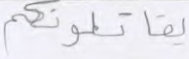
يقاتلونكم